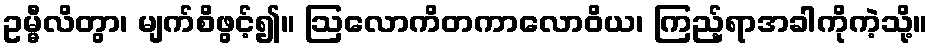
ဥမ္မီလိတွာ၊ မျက်စိဖွင့်၍။ ဩလောကိတကာလောဝိယ၊ ကြည့်ရာအခါကိုကဲ့သို့။